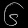
Digit: ၆